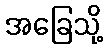
အခြေသို့